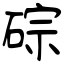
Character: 碂